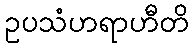
ဥပသံဟရာဟီတိ